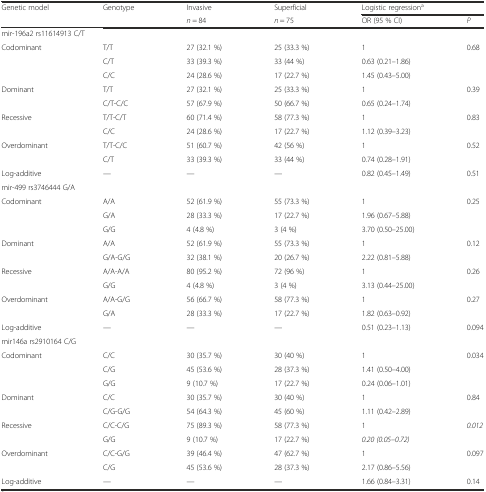
<table><thead><tr><td rowspan="2"><b>Genetic model</b></td><td rowspan="2"><b>Genotype</b></td><td><b>Invasive</b></td><td><b>Superficial</b></td><td colspan="2"><b>Logistic regression<sup>a</sup></b></td></tr><tr><td><b><i>n</i> = 84</b></td><td><b><i>n</i> = 75</b></td><td><b>OR (95 % CI)</b></td><td><b><i>P</i></b></td></tr></thead><tbody><tr><td colspan="6">mir-196a2 rs11614913 C/T</td></tr><tr><td rowspan="3">Codominant</td><td>T/T</td><td>27 (32.1 %)</td><td>25 (33.3 %)</td><td>1</td><td rowspan="3">0.68</td></tr><tr><td>C/T</td><td>33 (39.3 %)</td><td>33 (44 %)</td><td>0.63 (0.21–1.86)</td></tr><tr><td>C/C</td><td>24 (28.6 %)</td><td>17 (22.7 %)</td><td>1.45 (0.43–5.00)</td></tr><tr><td rowspan="2">Dominant</td><td>T/T</td><td>27 (32.1 %)</td><td>25 (33.3 %)</td><td>1</td><td rowspan="2">0.39</td></tr><tr><td>C/T-C/C</td><td>57 (67.9 %)</td><td>50 (66.7 %)</td><td>0.65 (0.24–1.74)</td></tr><tr><td rowspan="2">Recessive</td><td>T/T-C/T</td><td>60 (71.4 %)</td><td>58 (77.3 %)</td><td>1</td><td rowspan="2">0.83</td></tr><tr><td>C/C</td><td>24 (28.6 %)</td><td>17 (22.7 %)</td><td>1.12 (0.39–3.23)</td></tr><tr><td rowspan="2">Overdominant</td><td>T/T-C/C</td><td>51 (60.7 %)</td><td>42 (56 %)</td><td>1</td><td rowspan="2">0.52</td></tr><tr><td>C/T</td><td>33 (39.3 %)</td><td>33 (44 %)</td><td>0.74 (0.28–1.91)</td></tr><tr><td>Log-additive</td><td>—</td><td>—</td><td>—</td><td>0.82 (0.45–1.49)</td><td>0.51</td></tr><tr><td colspan="6">mir-499 rs3746444 G/A</td></tr><tr><td rowspan="3">Codominant</td><td>A/A</td><td>52 (61.9 %)</td><td>55 (73.3 %)</td><td>1</td><td rowspan="3">0.25</td></tr><tr><td>G/A</td><td>28 (33.3 %)</td><td>17 (22.7 %)</td><td>1.96 (0.67–5.88)</td></tr><tr><td>G/G</td><td>4 (4.8 %)</td><td>3 (4 %)</td><td>3.70 (0.50–25.00)</td></tr><tr><td rowspan="2">Dominant</td><td>A/A</td><td>52 (61.9 %)</td><td>55 (73.3 %)</td><td>1</td><td rowspan="2">0.12</td></tr><tr><td>G/A-G/G</td><td>32 (38.1 %)</td><td>20 (26.7 %)</td><td>2.22 (0.81–5.88)</td></tr><tr><td rowspan="2">Recessive</td><td>A/A-A/A</td><td>80 (95.2 %)</td><td>72 (96 %)</td><td>1</td><td rowspan="2">0.26</td></tr><tr><td>G/G</td><td>4 (4.8 %)</td><td>3 (4 %)</td><td>3.13 (0.44–25.00)</td></tr><tr><td rowspan="2">Overdominant</td><td>A/A-G/G</td><td>56 (66.7 %)</td><td>58 (77.3 %)</td><td>1</td><td rowspan="2">0.27</td></tr><tr><td>G/A</td><td>28 (33.3 %)</td><td>17 (22.7 %)</td><td>1.82 (0.63–0.92)</td></tr><tr><td>Log-additive</td><td>—</td><td>—</td><td>—</td><td>0.51 (0.23–1.13)</td><td>0.094</td></tr><tr><td colspan="2">mir146a rs2910164 C/G</td><td></td><td></td><td></td><td></td></tr><tr><td rowspan="3">Codominant</td><td>C/C</td><td>30 (35.7 %)</td><td>30 (40 %)</td><td>1</td><td rowspan="3">0.034</td></tr><tr><td>C/G</td><td>45 (53.6 %)</td><td>28 (37.3 %)</td><td>1.41 (0.50–4.00)</td></tr><tr><td>G/G</td><td>9 (10.7 %)</td><td>17 (22.7 %)</td><td>0.24 (0.06–1.01)</td></tr><tr><td rowspan="2">Dominant</td><td>C/C</td><td>30 (35.7 %)</td><td>30 (40 %)</td><td>1</td><td rowspan="2">0.84</td></tr><tr><td>C/G-G/G</td><td>54 (64.3 %)</td><td>45 (60 %)</td><td>1.11 (0.42–2.89)</td></tr><tr><td rowspan="2">Recessive</td><td>C/C-C/G</td><td>75 (89.3 %)</td><td>58 (77.3 %)</td><td>1</td><td rowspan="2"><i>0.012</i></td></tr><tr><td>G/G</td><td>9 (10.7 %)</td><td>17 (22.7 %)</td><td><i>0.20 (0.05–0.72)</i></td></tr><tr><td rowspan="2">Overdominant</td><td>C/C-G/G</td><td>39 (46.4 %)</td><td>47 (62.7 %)</td><td>1</td><td rowspan="2">0.097</td></tr><tr><td>C/G</td><td>45 (53.6 %)</td><td>28 (37.3 %)</td><td>2.17 (0.86–5.56)</td></tr><tr><td>Log-additive</td><td>—</td><td>—</td><td>—</td><td>1.66 (0.84–3.31)</td><td>0.14</td></tr></tbody></table>